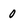
Character: o